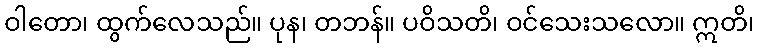
ဝါတော၊ ထွက်လေသည်။ ပုန၊ တဘန်။ ပဝိသတိ၊ ဝင်သေးသလော။ ဣတိ၊